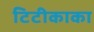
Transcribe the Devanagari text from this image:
टिटीकाका